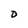
Character: D